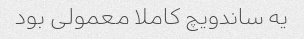
یه ساندویچ کاملا معمولی بود